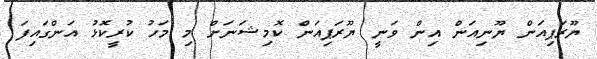
ޔޫރަޕިއަން ޔޫނިއަން އިން ވަނީ ޔޫރަޕިއަން ކޮމިޝަނަށް މި މަހު ކުރީކޮޅު އަންގައިފަ